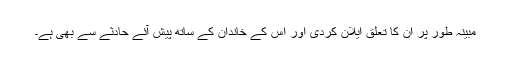
مبینہ طور پر ان کا تعلق ایلان کردی اور اس کے خاندان کے ساتھ پیش آئے حادثے سے بھی ہے۔